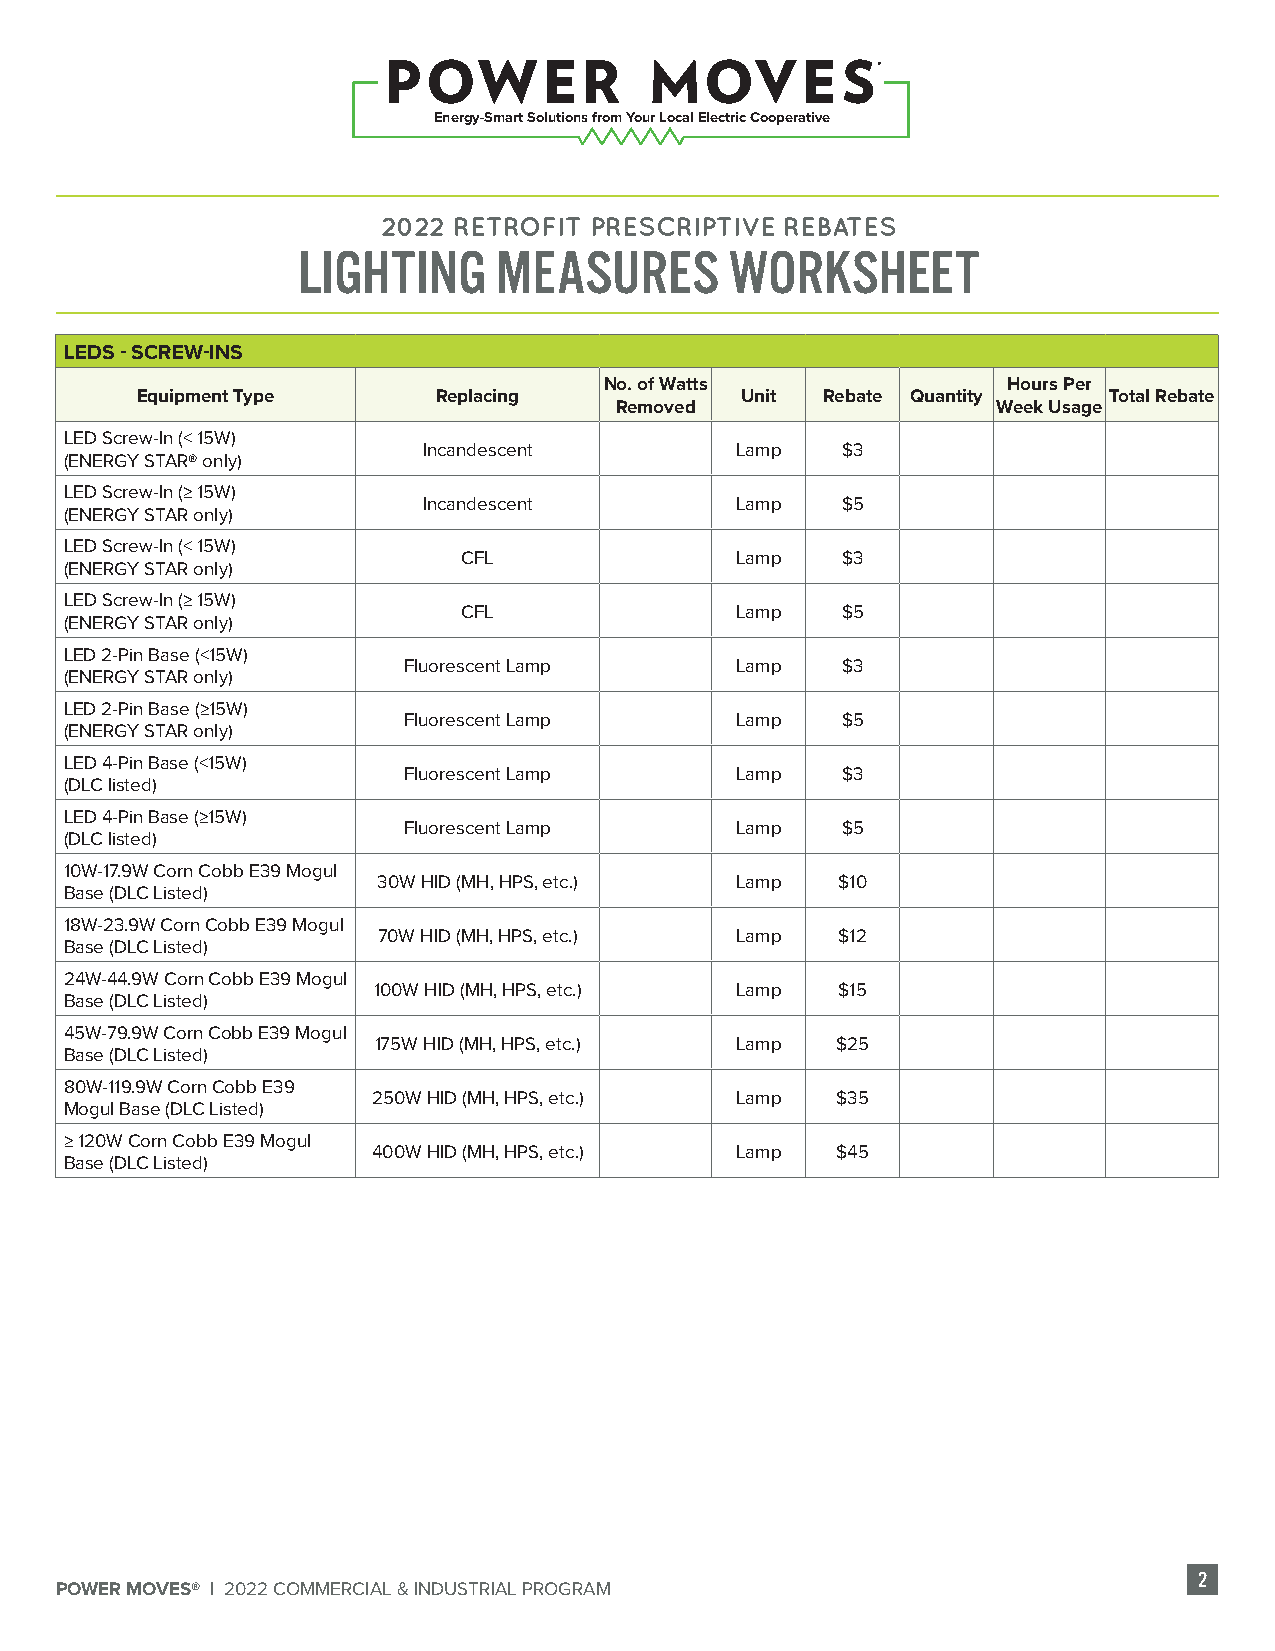
Energy-Smart Solutions from Your Local Electric Cooperative
 2022 RETROFIT PRESCRIPTIVE REBATES
 LIGHTING     MEASURES       WORKSHEET
 LEDS - SCREW-INS
 No. of Watts               Hours Per
 Equipment Type      Replacing           Unit Rebate Quantity    Total Rebate
 Removed                  Week Usage
 LED Screw-In (< 15W)
 Incandescent         Lamp   $3
 (ENERGY STAR® only)
 LED Screw-In (≥ 15W)
 Incandescent         Lamp   $5
 (ENERGY STAR only)
 LED Screw-In (< 15W)
 CFL               Lamp   $3
 (ENERGY STAR only)
 LED Screw-In (≥ 15W)
 CFL               Lamp   $5
 (ENERGY STAR only)
 LED 2-Pin Base (<15W)
 Fluorescent Lamp      Lamp   $3
 (ENERGY STAR only)
 LED 2-Pin Base (≥15W)
 Fluorescent Lamp      Lamp   $5
 (ENERGY STAR only)
 LED 4-Pin Base (<15W)
 Fluorescent Lamp      Lamp   $3
 (DLC listed)
 LED 4-Pin Base (≥15W)
 Fluorescent Lamp      Lamp   $5
 (DLC listed)
 10W-17.9W Corn Cobb E39 Mogul
 30W HID (MH, HPS, etc.) Lamp  $10
 Base (DLC Listed)
 18W-23.9W Corn Cobb E39 Mogul
 70W HID (MH, HPS, etc.) Lamp   $12
 Base (DLC Listed)
 24W-44.9W Corn Cobb E39 Mogul
 100W HID (MH, HPS, etc.) Lamp  $15
 Base (DLC Listed)
 45W-79.9W Corn Cobb E39 Mogul
 175W HID (MH, HPS, etc.) Lamp $25
 Base (DLC Listed)
 80W-119.9W Corn Cobb E39
 250W HID (MH, HPS, etc.) Lamp $35
 Mogul Base (DLC Listed)
 ≥ 120W Corn Cobb E39 Mogul
 400W HID (MH, HPS, etc.) Lamp $45
 Base (DLC Listed)
 2
 POWER MOVES® | 2022 COMMERCIAL & INDUSTRIAL PROGRAM